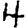
Digit: 4